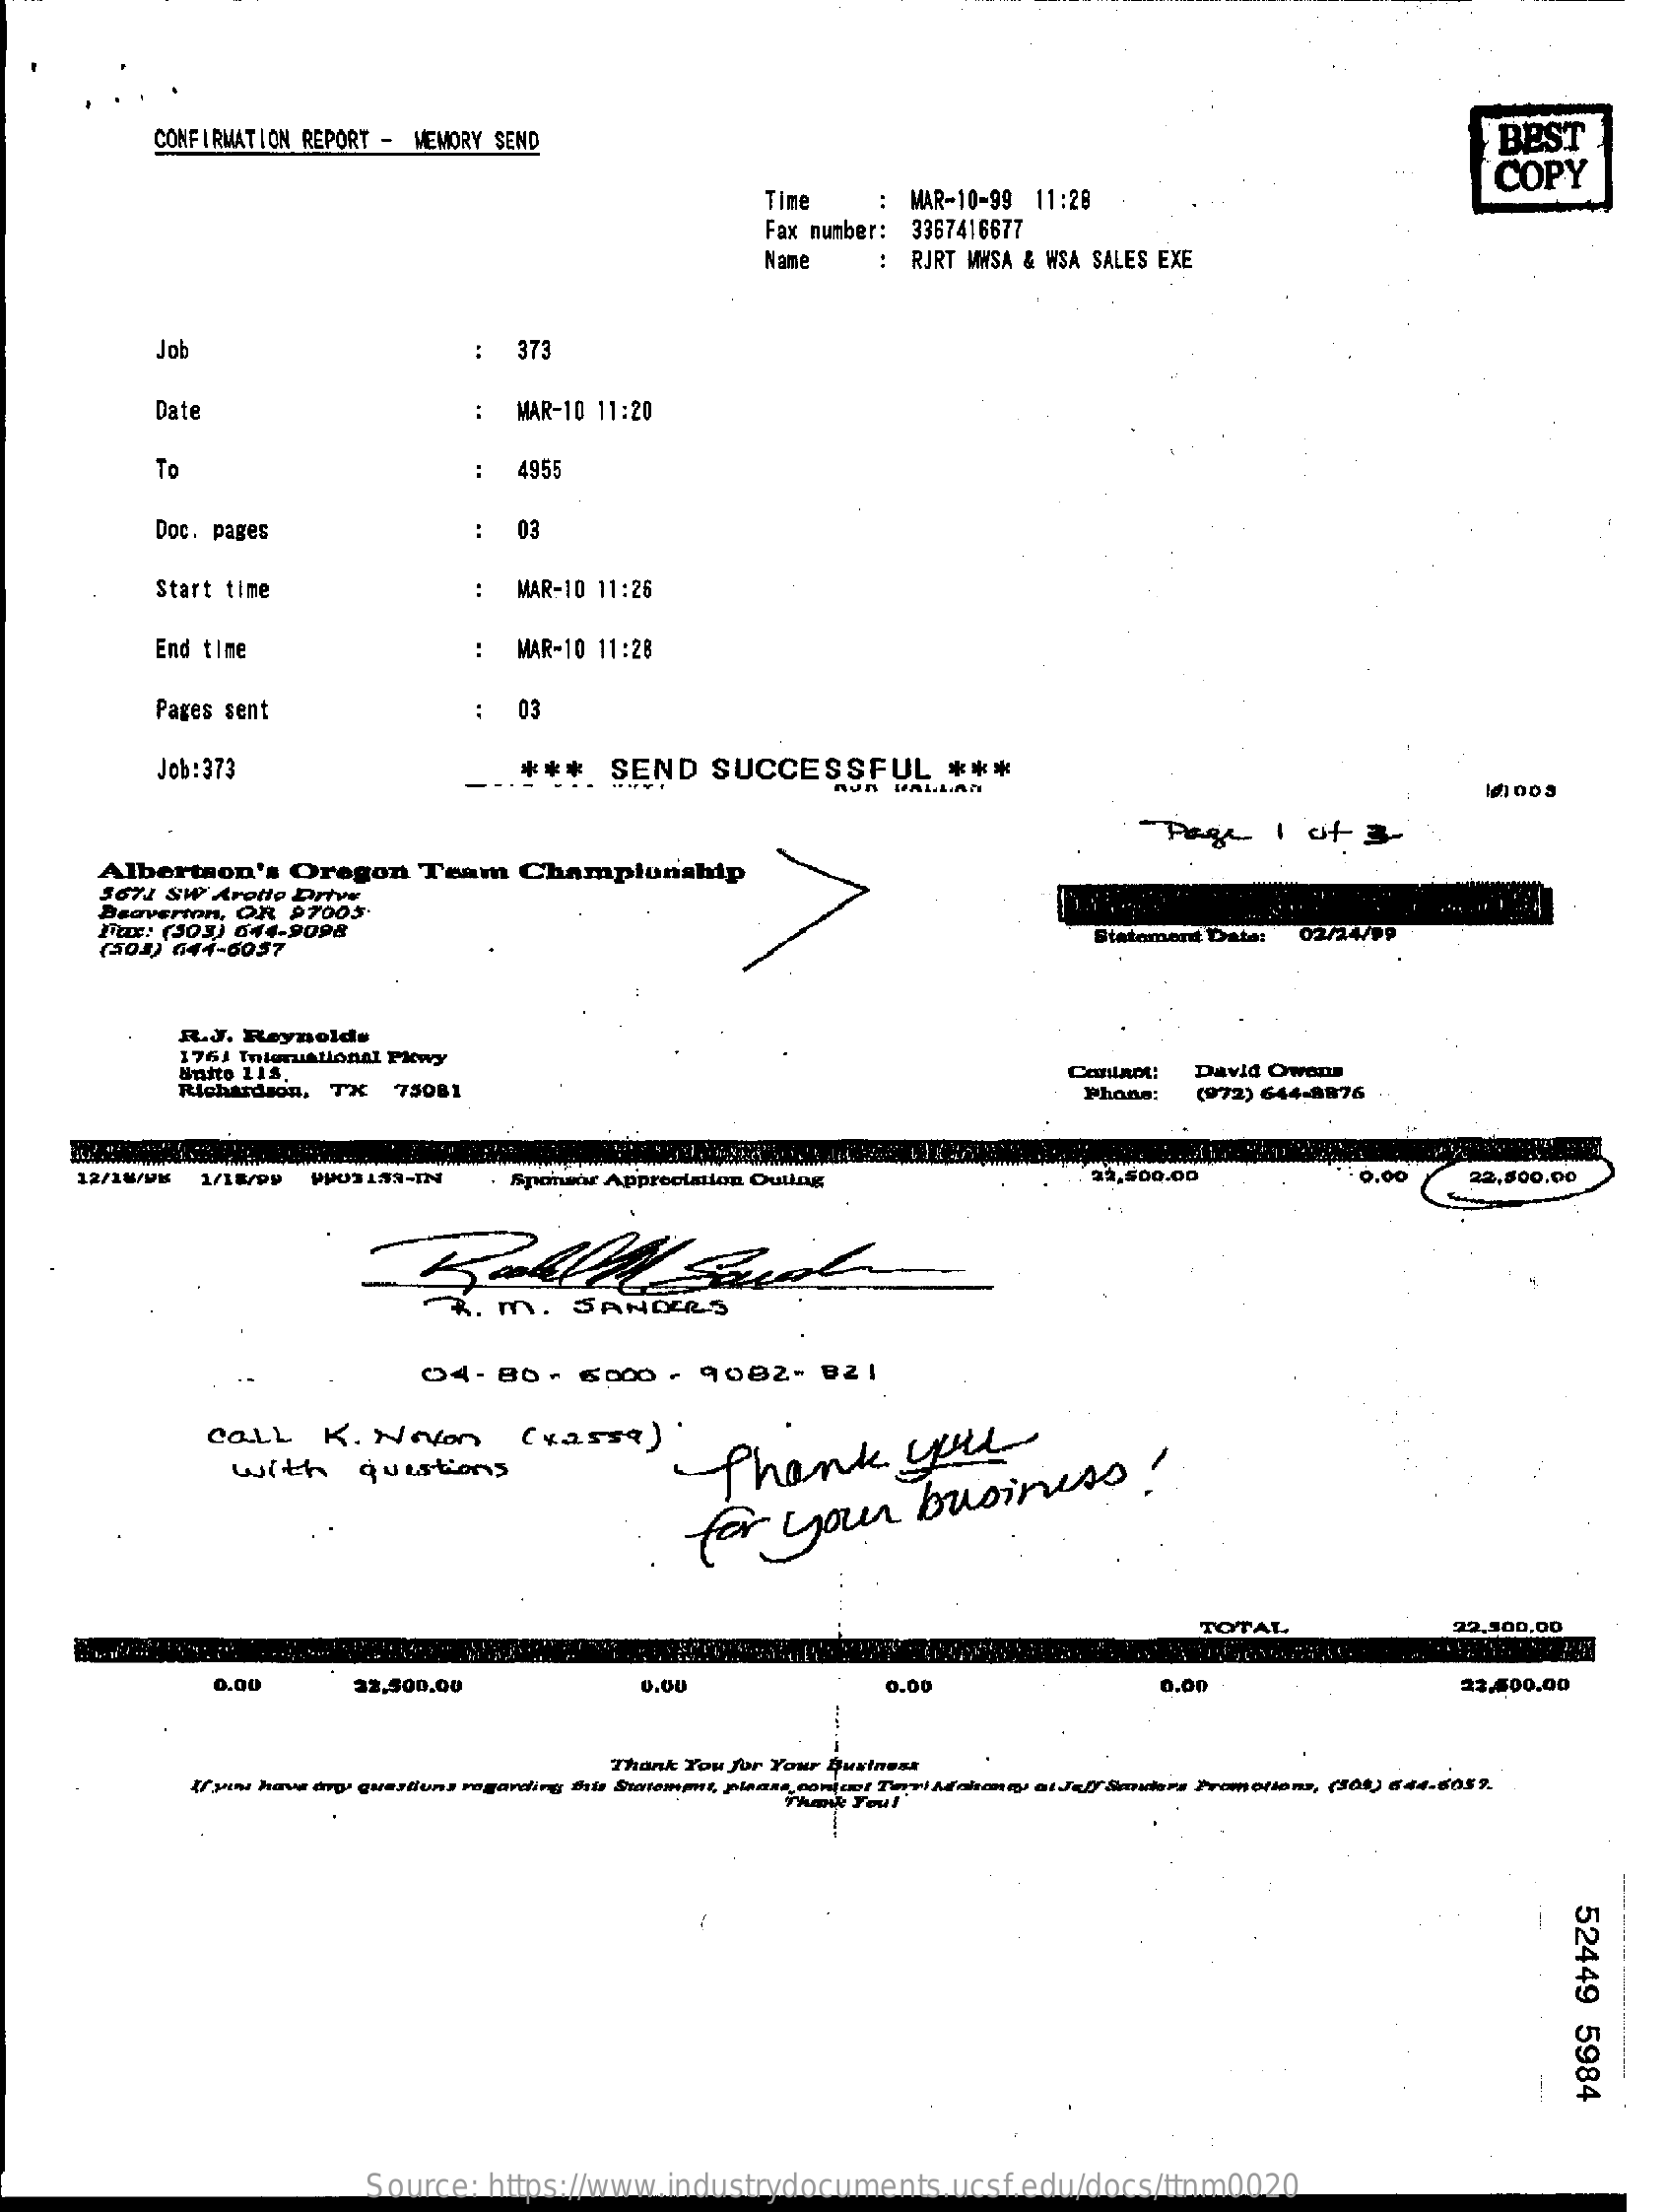
CONFIRMATION REPORT - MEMORY SEND    BEST
     COPY
     Time    :  MAR-10-99 11:28
     Fax number: 3367416677
     Name    : RJRT MWSA & WSA SALES EXE
     Job    :  373
     Date    :  MAR-10 11:20
     To    :  4955
     Doc. pages    :  03
     Start time    :  MAR-10 11:26
     End time    :  MAR-10 11:28
     Pages sent    :  03
     Job:373    ***    SEND    SUCCESSFUL    ***
     - Page    1  of  3-
     Albertson's    Oregon    Team    Championship
     3671  SW Arolle Drive
     Beaverton, OR   97005.
     Fax: (503) 644-9098
     (504) 644-0057    Statoment Data:
     R.J. Reynolds
     1761 Inluruational Pkwy
     Snito 118.
     Richardson, TX    75081
     Conlaot!  David Owenn
     Phone:   (972) 644-8876
     12/10/98  1/18/09    Appreciation    23,500.00    .: 0.00    22,500.00
     m.    SANDERS
     04-  80   - 6000   -  9082-    821
     COLL    K.  Noton    (xassa    )
     with    questions    Thank    you
     for    your    business    !
     TOTAL    22.100.00
     0.00    22.500,00    U.00    0.00    0.00    23.400.00
     Thank You for Your business
     If you have any questions regarding this Statement, please contact Tevi Maloney al Jeff Smulers Promotions, (201) 644-8059.
     52449
     5984
     Source:   https://www.industrydocuments.ucsf.edu/docs/ttnm0020